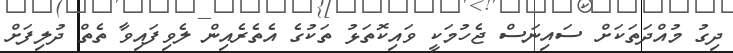
ދިގު މުއްދަތަކަށް ސައިނަސް ޖެހުމަކީ ވައިކޮތަޅު ތަކުގެ އެތެރެއިން ލެވިފައިވާ ތެތް ދުލިފަށް